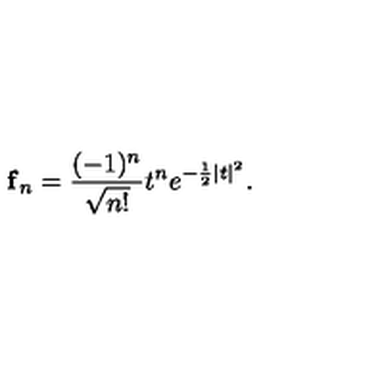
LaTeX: { \bf f } _ { n } = \frac { ( - 1 ) ^ { n } } { \sqrt { n ! } } t ^ { n } e ^ { - \frac { 1 } { 2 } | t | ^ { 2 } } .